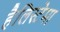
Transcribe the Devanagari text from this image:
हैलिस्टेमा